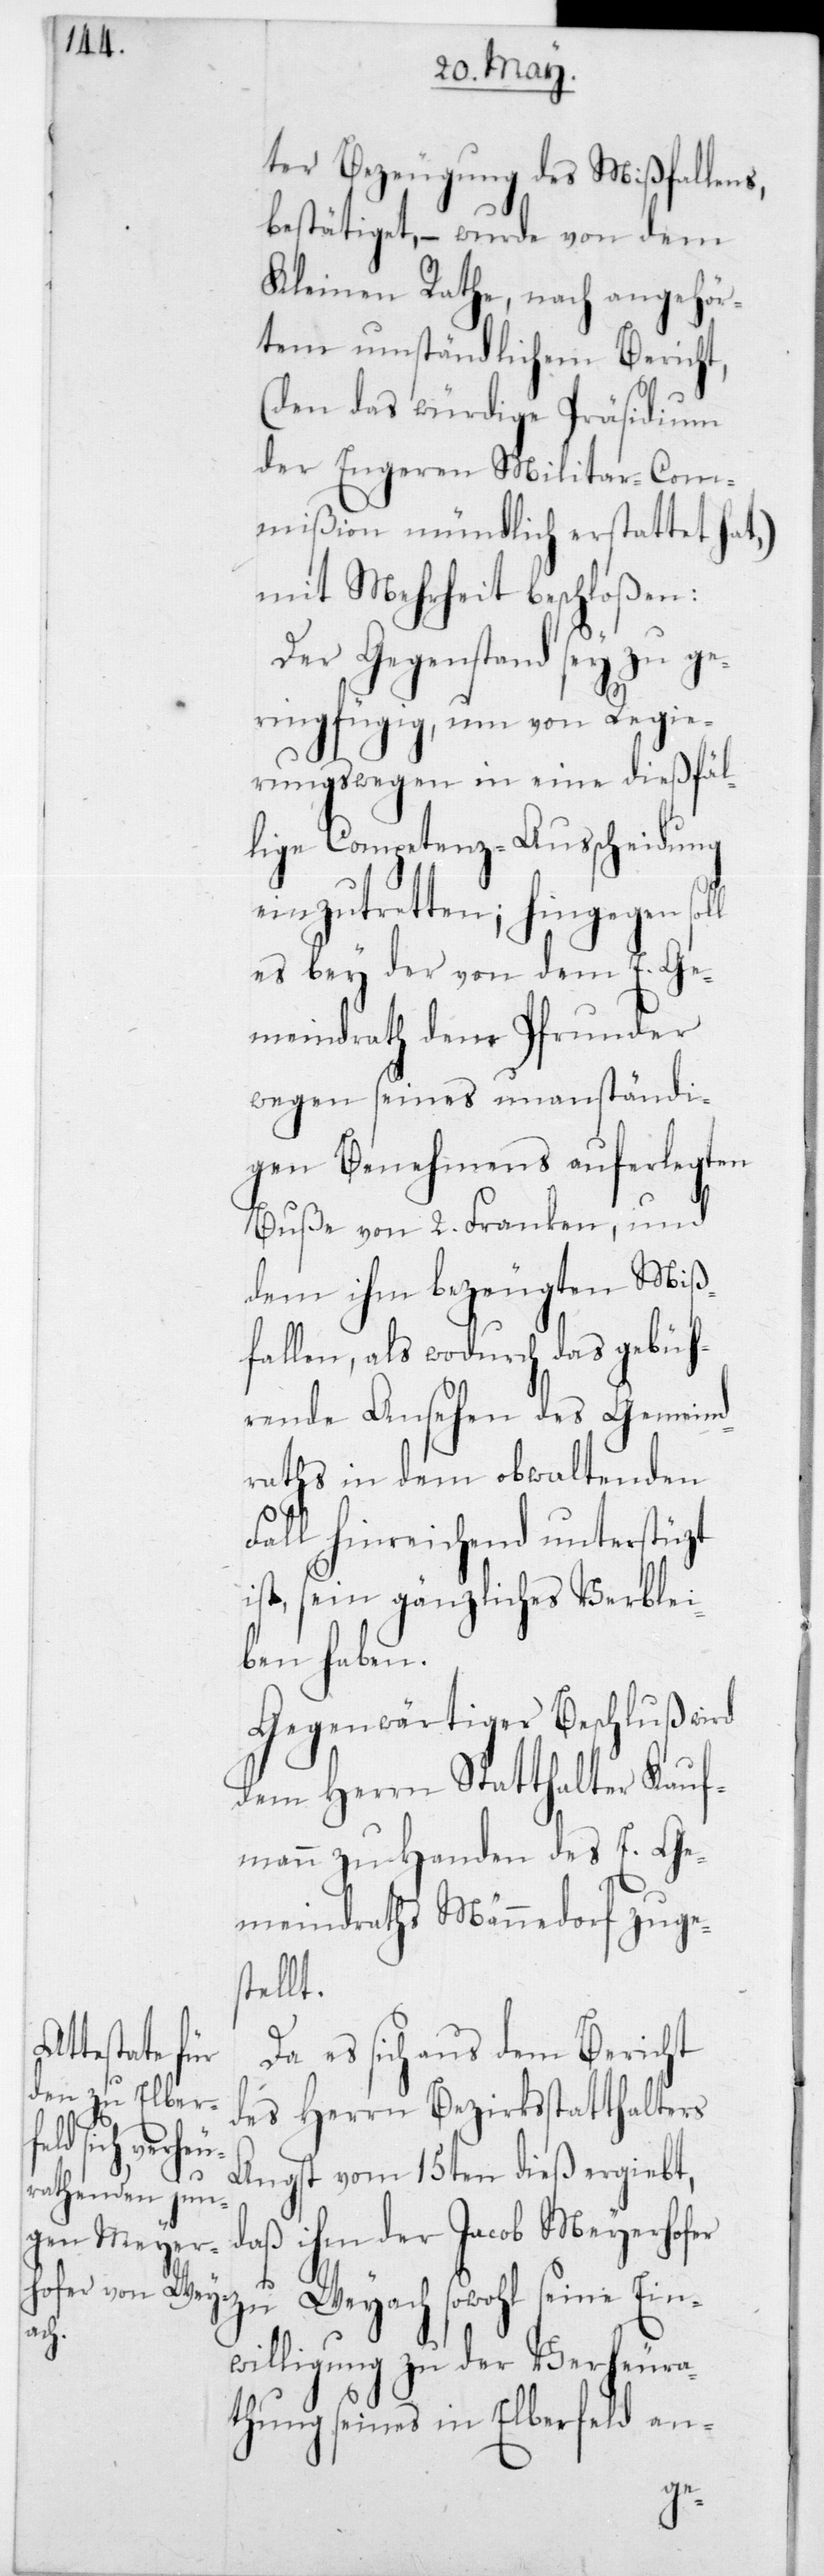
ter Bezeugung des Mißfallens
bestätiget, – wurde von dem
Kleinen Rathe, nach angehör¬
tem umständlichen Bericht,
(den das würdige Präsidium
der engeren Militar-Com¬
mißion mündlich erstattet hat),
mit Mehrheit beschloßen:
Der Gegenstand sey zu ge¬
ringfügig, um von Regie¬
rungswegen in eine dießfäl¬
lige Competenz-Ausscheidung
einzutretten; hingegen
es bey der von dem E. Ge¬
meindrath dem Pfrunder
wegen seines unanständi¬
gen Benehmens auferlegte
Buße von 2 Franken, und
dem ihm bezeugten Miß¬
fallen, als wodurch das gebüh¬
rende Ansehen des Gemeind¬
raths in dem obwaltenden
Fall hinreichend unterstüzt
ist, sein gänzliches Verblei¬
ben haben.
Gegenwärtiger Beschluß wird
dem Herrn Statthalter Kauf¬
mann zu Handen des E. Ge¬
meindraths Männedorf zuge¬
stellt.
Da es sich aus dem Bericht
des Herrn Bezirksstatthalters
Angst vom 15ten dieß ergiebt,
daß ihm der Jacob Meyerho¬
zu Weyach sowohl seine Ein¬
willigung zu der Verheura¬
thung seines in Elberfeld an-
fer